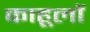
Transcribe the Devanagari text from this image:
काहूलों